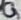
Text: G